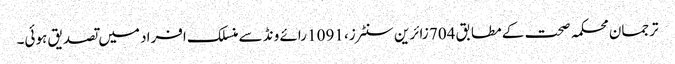
ترجمان محکمہ صحت کے مطابق 704 زائرین سنٹرز، 1091 رائے ونڈ سے منسلک افراد میں تصدیق ہوئی۔